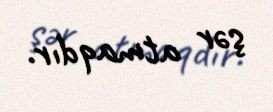
şər atmaqdır.